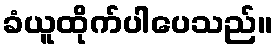
ခံယူထိုက်ပါပေသည်။